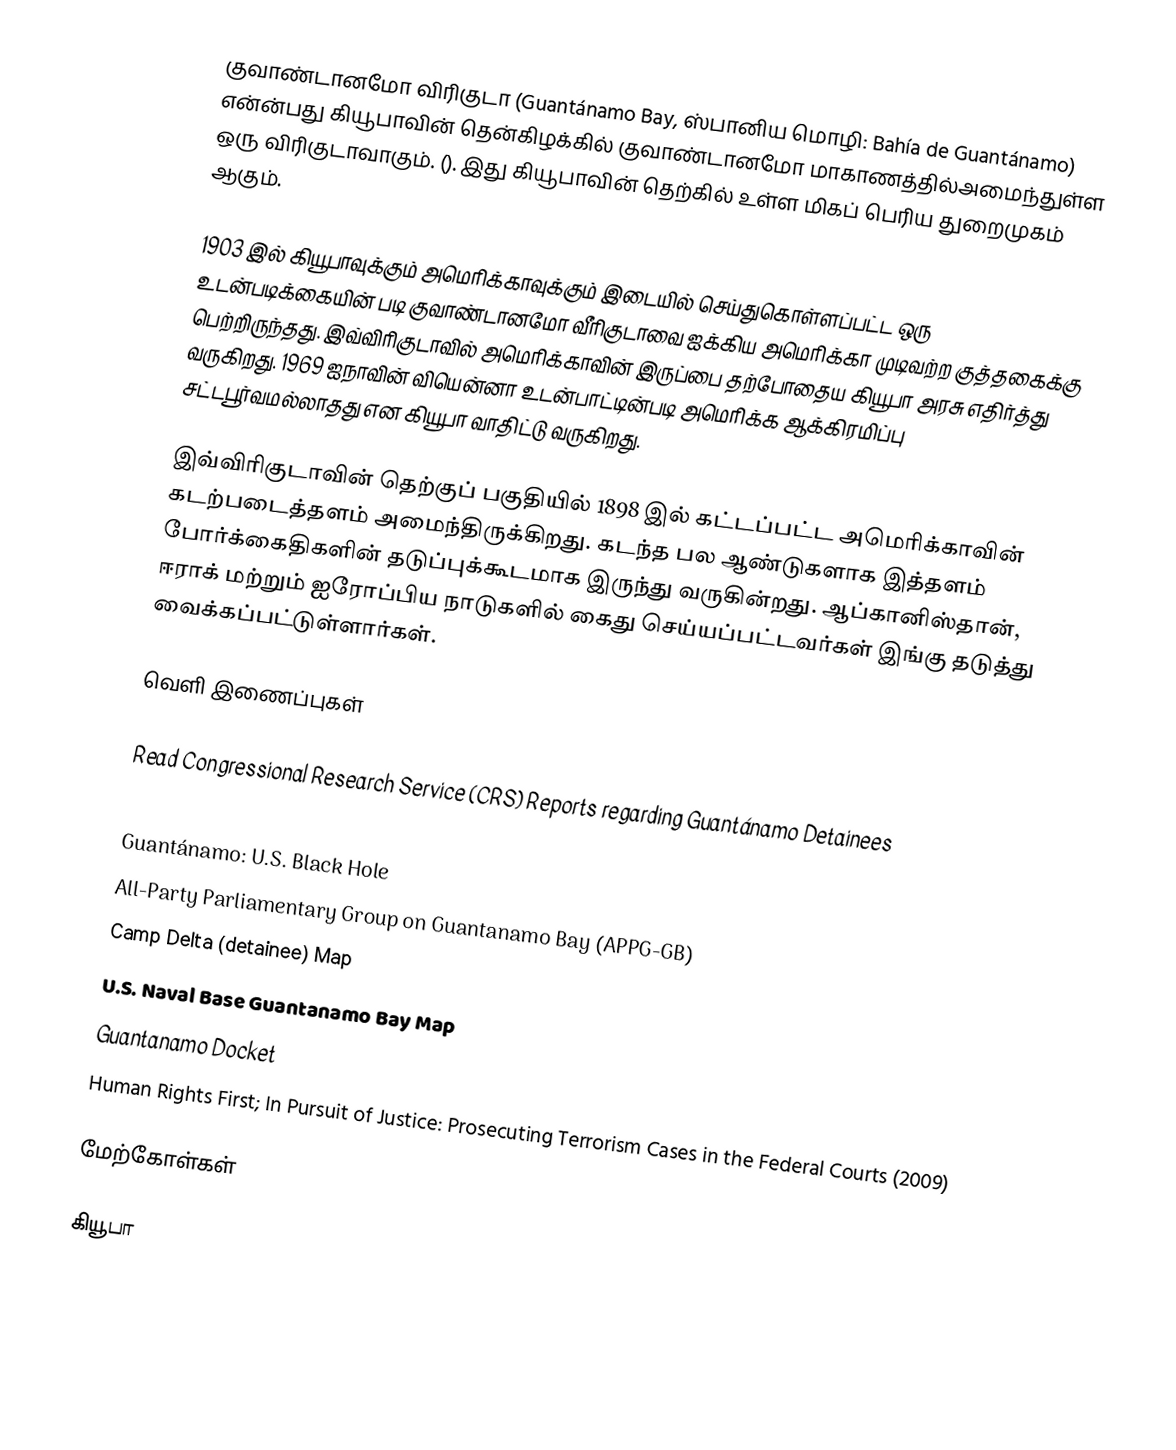
குவாண்டானமோ விரிகுடா (Guantánamo Bay, ஸ்பானிய மொழி: Bahía de Guantánamo) என்ன்பது கியூபாவின் தென்கிழக்கில் குவாண்டானமோ மாகாணத்தில்அமைந்துள்ள ஒரு விரிகுடாவாகும். (). இது கியூபாவின் தெற்கில் உள்ள மிகப் பெரிய துறைமுகம் ஆகும்.

1903 இல் கியூபாவுக்கும் அமெரிக்காவுக்கும் இடையில் செய்துகொள்ளப்பட்ட ஒரு உடன்படிக்கையின் படி குவாண்டானமோ வீரிகுடாவை ஐக்கிய அமெரிக்கா முடிவற்ற குத்தகைக்கு பெற்றிருந்தது. இவ்விரிகுடாவில் அமெரிக்காவின் இருப்பை தற்போதைய கியூபா அரசு எதிர்த்து வருகிறது. 1969 ஐநாவின்  வியென்னா உடன்பாட்டின்படி அமெரிக்க ஆக்கிரமிப்பு சட்டபூர்வமல்லாதது என கியூபா வாதிட்டு வருகிறது.

இவ்விரிகுடாவின் தெற்குப் பகுதியில் 1898 இல் கட்டப்பட்ட அமெரிக்காவின் கடற்படைத்தளம் அமைந்திருக்கிறது. கடந்த பல ஆண்டுகளாக இத்தளம் போர்க்கைதிகளின் தடுப்புக்கூடமாக இருந்து வருகின்றது. ஆப்கானிஸ்தான், ஈராக் மற்றும் ஐரோப்பிய நாடுகளில் கைது செய்யப்பட்டவர்கள் இங்கு தடுத்து வைக்கப்பட்டுள்ளார்கள்.

வெளி இணைப்புகள்

Read Congressional Research Service (CRS) Reports regarding Guantánamo Detainees
U.S. Naval Station Guantanamo Bay — The United States' oldest overseas Naval Base
Guantánamo: U.S. Black Hole
All-Party Parliamentary Group on Guantanamo Bay (APPG-GB)
Camp Delta (detainee) Map
U.S. Naval Base Guantanamo Bay Map
Guantanamo Docket
Human Rights First; In Pursuit of Justice: Prosecuting Terrorism Cases in the Federal Courts (2009)

மேற்கோள்கள்

கியூபா